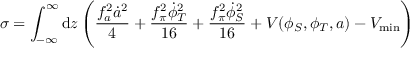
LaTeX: \sigma = \int _ { - \infty } ^ { \infty } \mathrm { d } z \left( \frac { f _ { a } ^ { 2 } \dot { a } ^ { 2 } } { 4 } + \frac { f _ { \pi } ^ { 2 } \dot { \phi } _ { T } ^ { 2 } } { 1 6 } + \frac { f _ { \pi } ^ { 2 } \dot { \phi } _ { S } ^ { 2 } } { 1 6 } + V ( \phi _ { S } , \phi _ { T } , a ) - V _ { \mathrm { m i n } } \right)